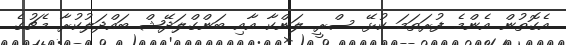
އެގޮތުން އެންމެ ފުރަތަމަ ކުޅޭ ސްރީ ލަންކާ އާއި ބަންގްލަދޭޝް ބައްދަލުކުރާ މެޗުގެ